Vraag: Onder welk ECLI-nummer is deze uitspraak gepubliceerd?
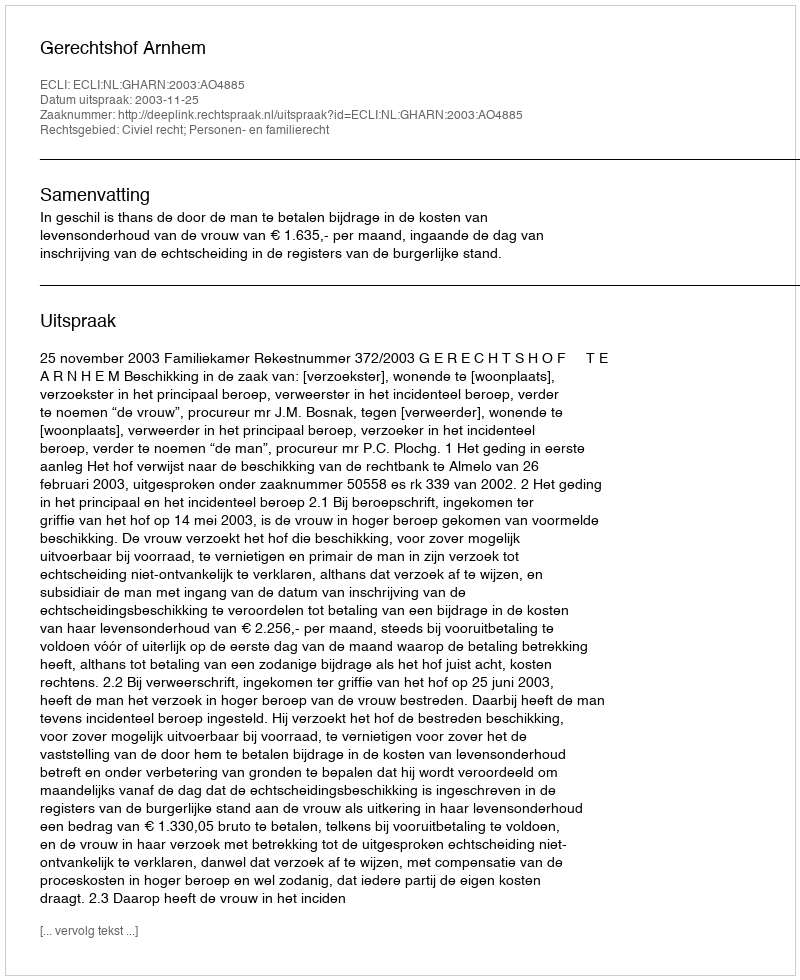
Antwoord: ECLI:NL:GHARN:2003:AO4885